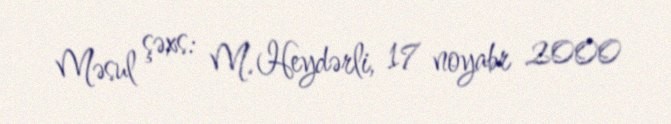
Məsul şəxs: M. Heydərli, 17 noyabr 2000